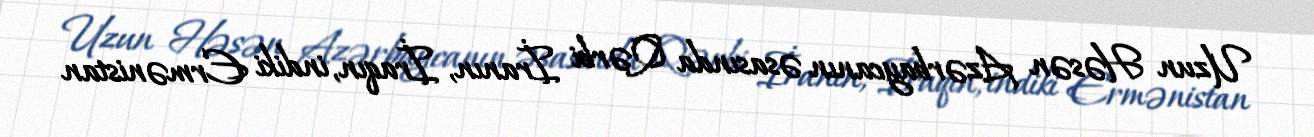
Uzun Həsən Azərbaycanın əsasında Qərbi İranın, İraqın, indiki Ermənistan